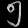
Digit: ၅